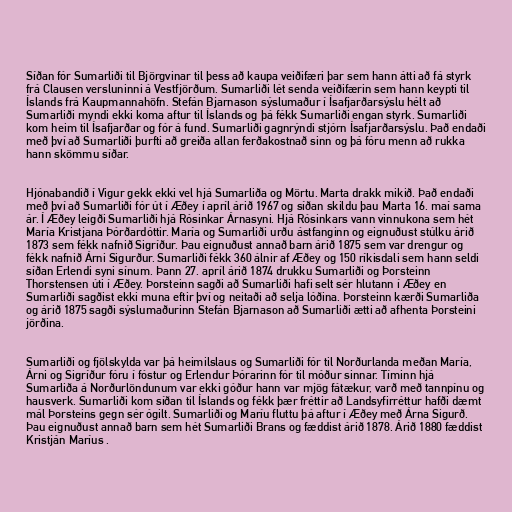
Síðan fór Sumarliði til Björgvinar til þess að kaupa veiðifæri þar sem hann átti að fá styrk
frá Clausen versluninni á Vestfjörðum. Sumarliði lét senda veiðifærin sem hann keypti til
Íslands frá Kaupmannahöfn. Stefán Bjarnason sýslumaður í Ísafjarðarsýslu hélt að
Sumarliði myndi ekki koma aftur til Íslands og þá fékk Sumarliði engan styrk. Sumarliði
kom heim til Ísafjarðar og fór á fund. Sumarliði gagnrýndi stjórn Ísafjarðarsýslu. Það endaði
með því að Sumarliði þurfti að greiða allan ferðakostnað sinn og þá fóru menn að rukka
hann skömmu síðar.

Hjónabandið í Vigur gekk ekki vel hjá Sumarliða og Mörtu. Marta drakk mikið. Það endaði
með því að Sumarliði fór út í Æðey í apríl árið 1967 og síðan skildu þau Marta 16. maí sama
ár. Í Æðey leigði Sumarliði hjá Rósinkar Árnasyni. Hjá Rósinkars vann vinnukona sem hét
María Kristjana Þórðardóttir. María og Sumarliði urðu ástfanginn og eignuðust stúlku árið
1873 sem fékk nafnið Sigríður. Þau eignuðust annað barn árið 1875 sem var drengur og
fékk nafnið Árni Sigurður. Sumarliði fékk 360 álnir af Æðey og 150 ríkisdali sem hann seldi
síðan Erlendi syni sínum. Þann 27. apríl árið 1874 drukku Sumarliði og Þorsteinn
Thorstensen úti í Æðey. Þorsteinn sagði að Sumarliði hafi selt sér hlutann í Æðey en
Sumarliði sagðist ekki muna eftir því og neitaði að selja lóðina. Þorsteinn kærði Sumarliða
og árið 1875 sagði sýslumaðurinn Stefán Bjarnason að Sumarliði ætti að afhenta Þorsteini
jörðina.

Sumarliði og fjölskylda var þá heimilslaus og Sumarliði fór til Norðurlanda meðan María,
Árni og Sigríður fóru í fóstur og Erlendur Þórarinn fór til móður sinnar. Tíminn hjá
Sumarliða á Norðurlöndunum var ekki góður hann var mjög fátækur, varð með tannpínu og
hausverk. Sumarliði kom síðan til Íslands og fékk þær fréttir að Landsyfirréttur hafði dæmt
mál Þorsteins gegn sér ógilt. Sumarliði og Maríu fluttu þá aftur í Æðey með Árna Sigurð.
Þau eignuðust annað barn sem hét Sumarliði Brans og fæddist árið 1878. Árið 1880 fæddist
Kristján Maríus .